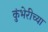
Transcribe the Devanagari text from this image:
कुंभेरीच्या